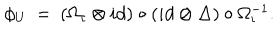
\phi _ { U } \: = \: ( \Omega _ { \iota } \otimes i d ) \circ ( i d \otimes \Delta ) \circ \Omega _ { \iota } ^ { - 1 } .